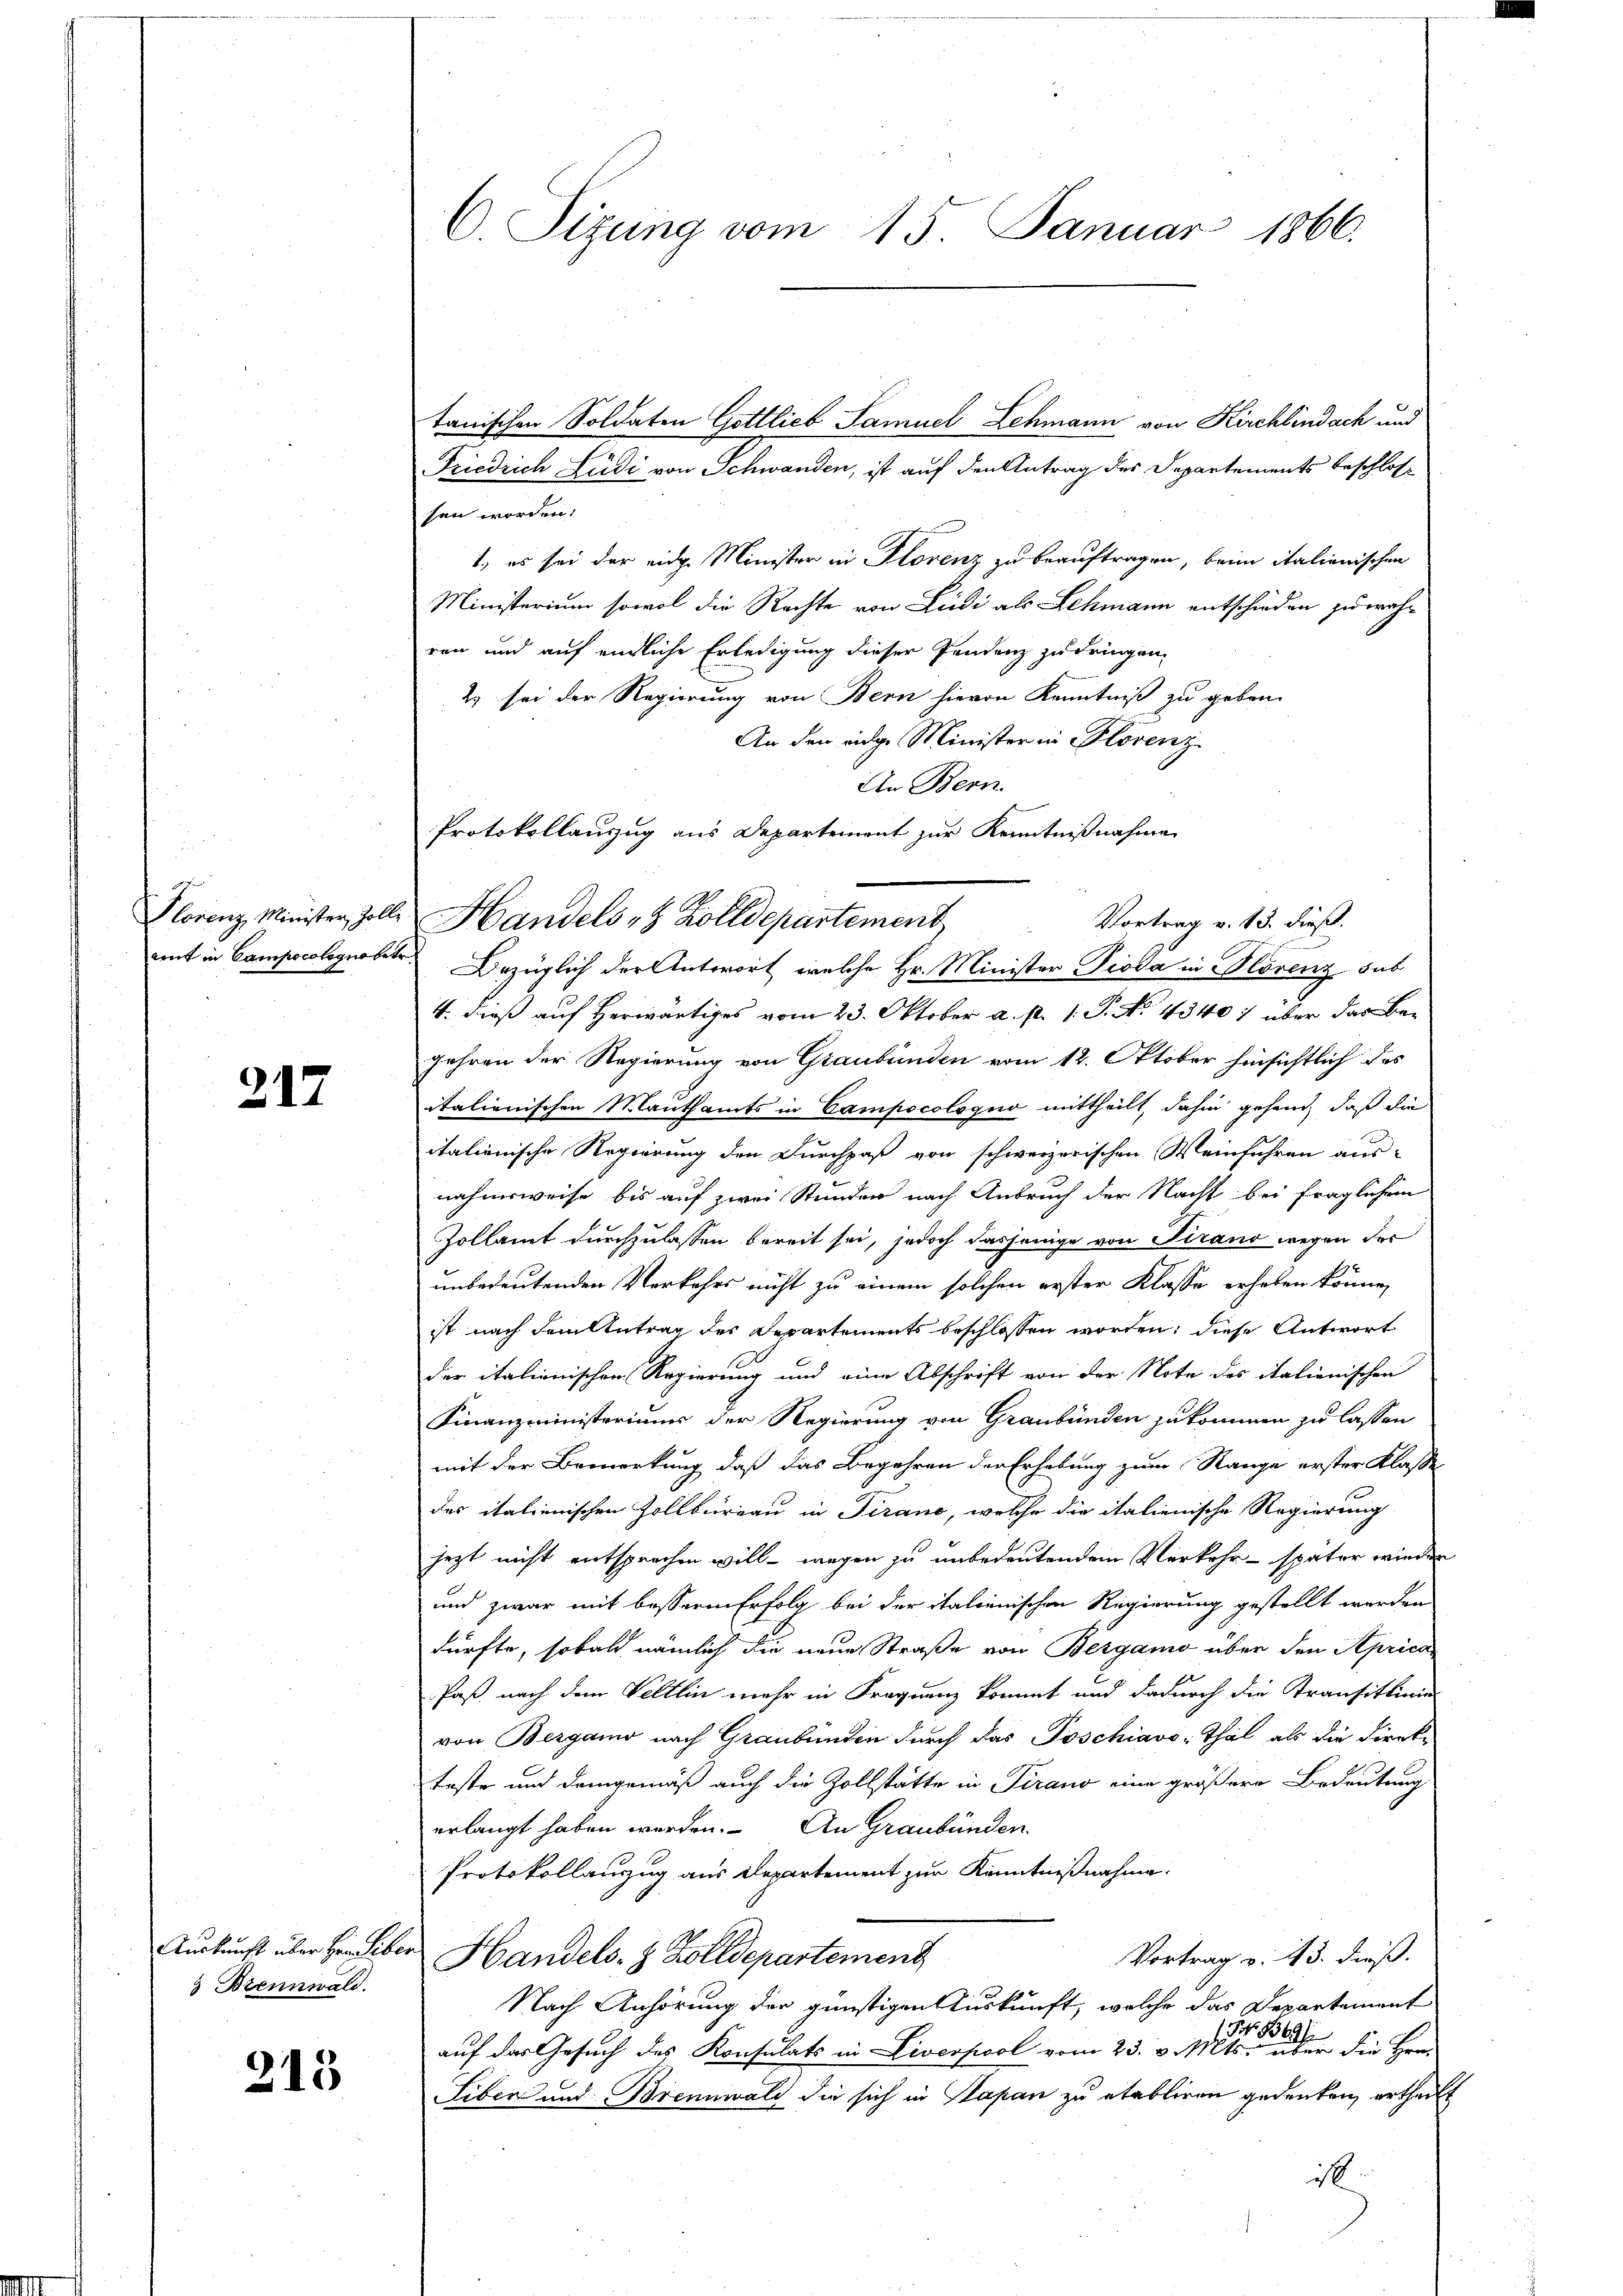
217

3 Brennwald.

215

tanischen Soldaten Gottlieb Samuel Lehmann von Kirchlindach und
Friedrich Ludi von Schwanden, ist auf den Antrag des Departements beschlossen worden.
1., es sei der eidg. Minister in Florenz zu beauftragen, beim italienischen
Ministerium sowol die Rechte von Ludi als Lehmann entschieden zu wahren und auf endliche Erledigung dieser Pendenz zu dringen.
2 sei der Regierung von Bern hievon Kenntniß zu geben.
An den eige Minister in Florenz
An Bern.
Vortrag v. 13. dieß.
amt in Campscolignobetr. Bezüglich der Antwort, welche Hr. Minister Pioda in Blorenz sub
4. dieß auf herwärtiges vom 23. Oktober a. p. 1. P. No. 4340) über das Begehren der Regierung von Graubünden vom 12. Oktober hinsichtlich das
italienischen Mauthamts in Campocologno mittheilt, dahin gehend, daß die
italienische Regierung den Durchpaß von schweizerischen Weinführen aus-
nahmsweise bis auf zwei Stunden nach Anbruch der Nacht bei fraglichem
Zollamt durchzulassen bereit sei, jedoch dasjenige von Sirano wegen der
unbedeutenden Verkehrs nicht zu einem solchen erster Klasse erhoben könne,
ist nach dem Antrag des Departements beschlossen worden; diese Antwort
der italienischen Regierung und eine Abschrift von der Note des italienischen
Finanzministeriums der Regierung von Graubünden zukommen zu lassen
mit der Bemerkung daß das Begehren der Erhebung zum Range erster Klasse
das italienischen Zollbüreau in Tirano, welche die italienische Regierung
jezt nicht entsprechen will - wegen zu unbedeutendem Verkehr - später wieder
und zwar mit besserm Erfolg bei der italienischen Regierung gestellt werden
dürfte, sobald nämlich die neue Straße von Bergamo über den Aprica
Paß, nach dem Veltlin mehr in Frequenz kommt und dadurch die Transittinie
von Bergamo nach Graubünden durch das Poschiavo, Thal als die Direkteste und demgemäß auch die Zollstätte in Tirano eine größere Bedeutung
erlangt haben werden. An Graubünden
Protokollauszug aus Departement zur Kenntnißnahme.
Auskunft über Hrn. Liber Handels- & Zolldepartement
Vortrag v. 13. dieß.
Nach Anhörung der günstigen Auskunft, welche das Departement
1 S. 869/
auf das Gesuch des Konsulats in Liverpool vom 23. v. Mts. über die Hrn.
Siben und Brennwald die sich in Papan zu etabliren gedenken, ertheilt
i

C. Sizung vom 15. Januar 1866.

Protokollauszug aus Departement zur Kenntnißnahme
Florenz Minister, Zolle Handels 8 Zolldepartement